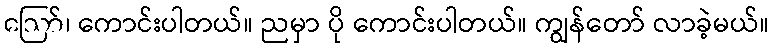
ဪ၊ ကောင်းပါတယ်။ ညမှာ ပို ကောင်းပါတယ်။ ကျွန်တော် လာခဲ့မယ်။